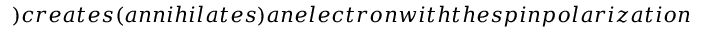
) c r e a t e s ( a n n i h i l a t e s ) a n e l e c t r o n w i t h t h e s p i n p o l a r i z a t i o n